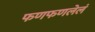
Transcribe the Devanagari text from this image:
फणफणलेलं